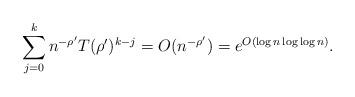
LaTeX: \begin{align*}\sum_{j=0}^k n^{-\rho'}T(\rho')^{k-j} = O(n^{-\rho'}) = e^{O(\log n \log\log n)}.\end{align*}